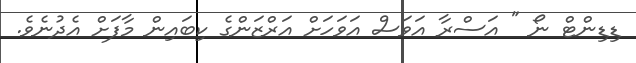
ޑިޑިންޓް ނޯ " އަސްރާ އަވަސް އަވަހަށް އަރްޒަންގެ ކިބައިން މާފަށް އެދުނެވެ.